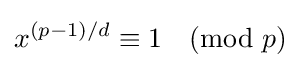
x^{(p-1)/d}\equiv 1{\pmod {p}}